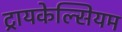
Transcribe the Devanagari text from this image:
ट्रायकेल्सियम